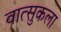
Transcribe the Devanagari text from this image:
वात्सुकला